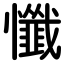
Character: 懺